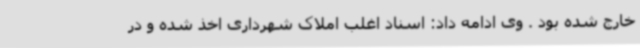
خارج شده بود . وی ادامه داد: اسناد اغلب املاک شهرداری اخذ شده و در